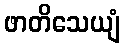
ဖာတိသေယျံ